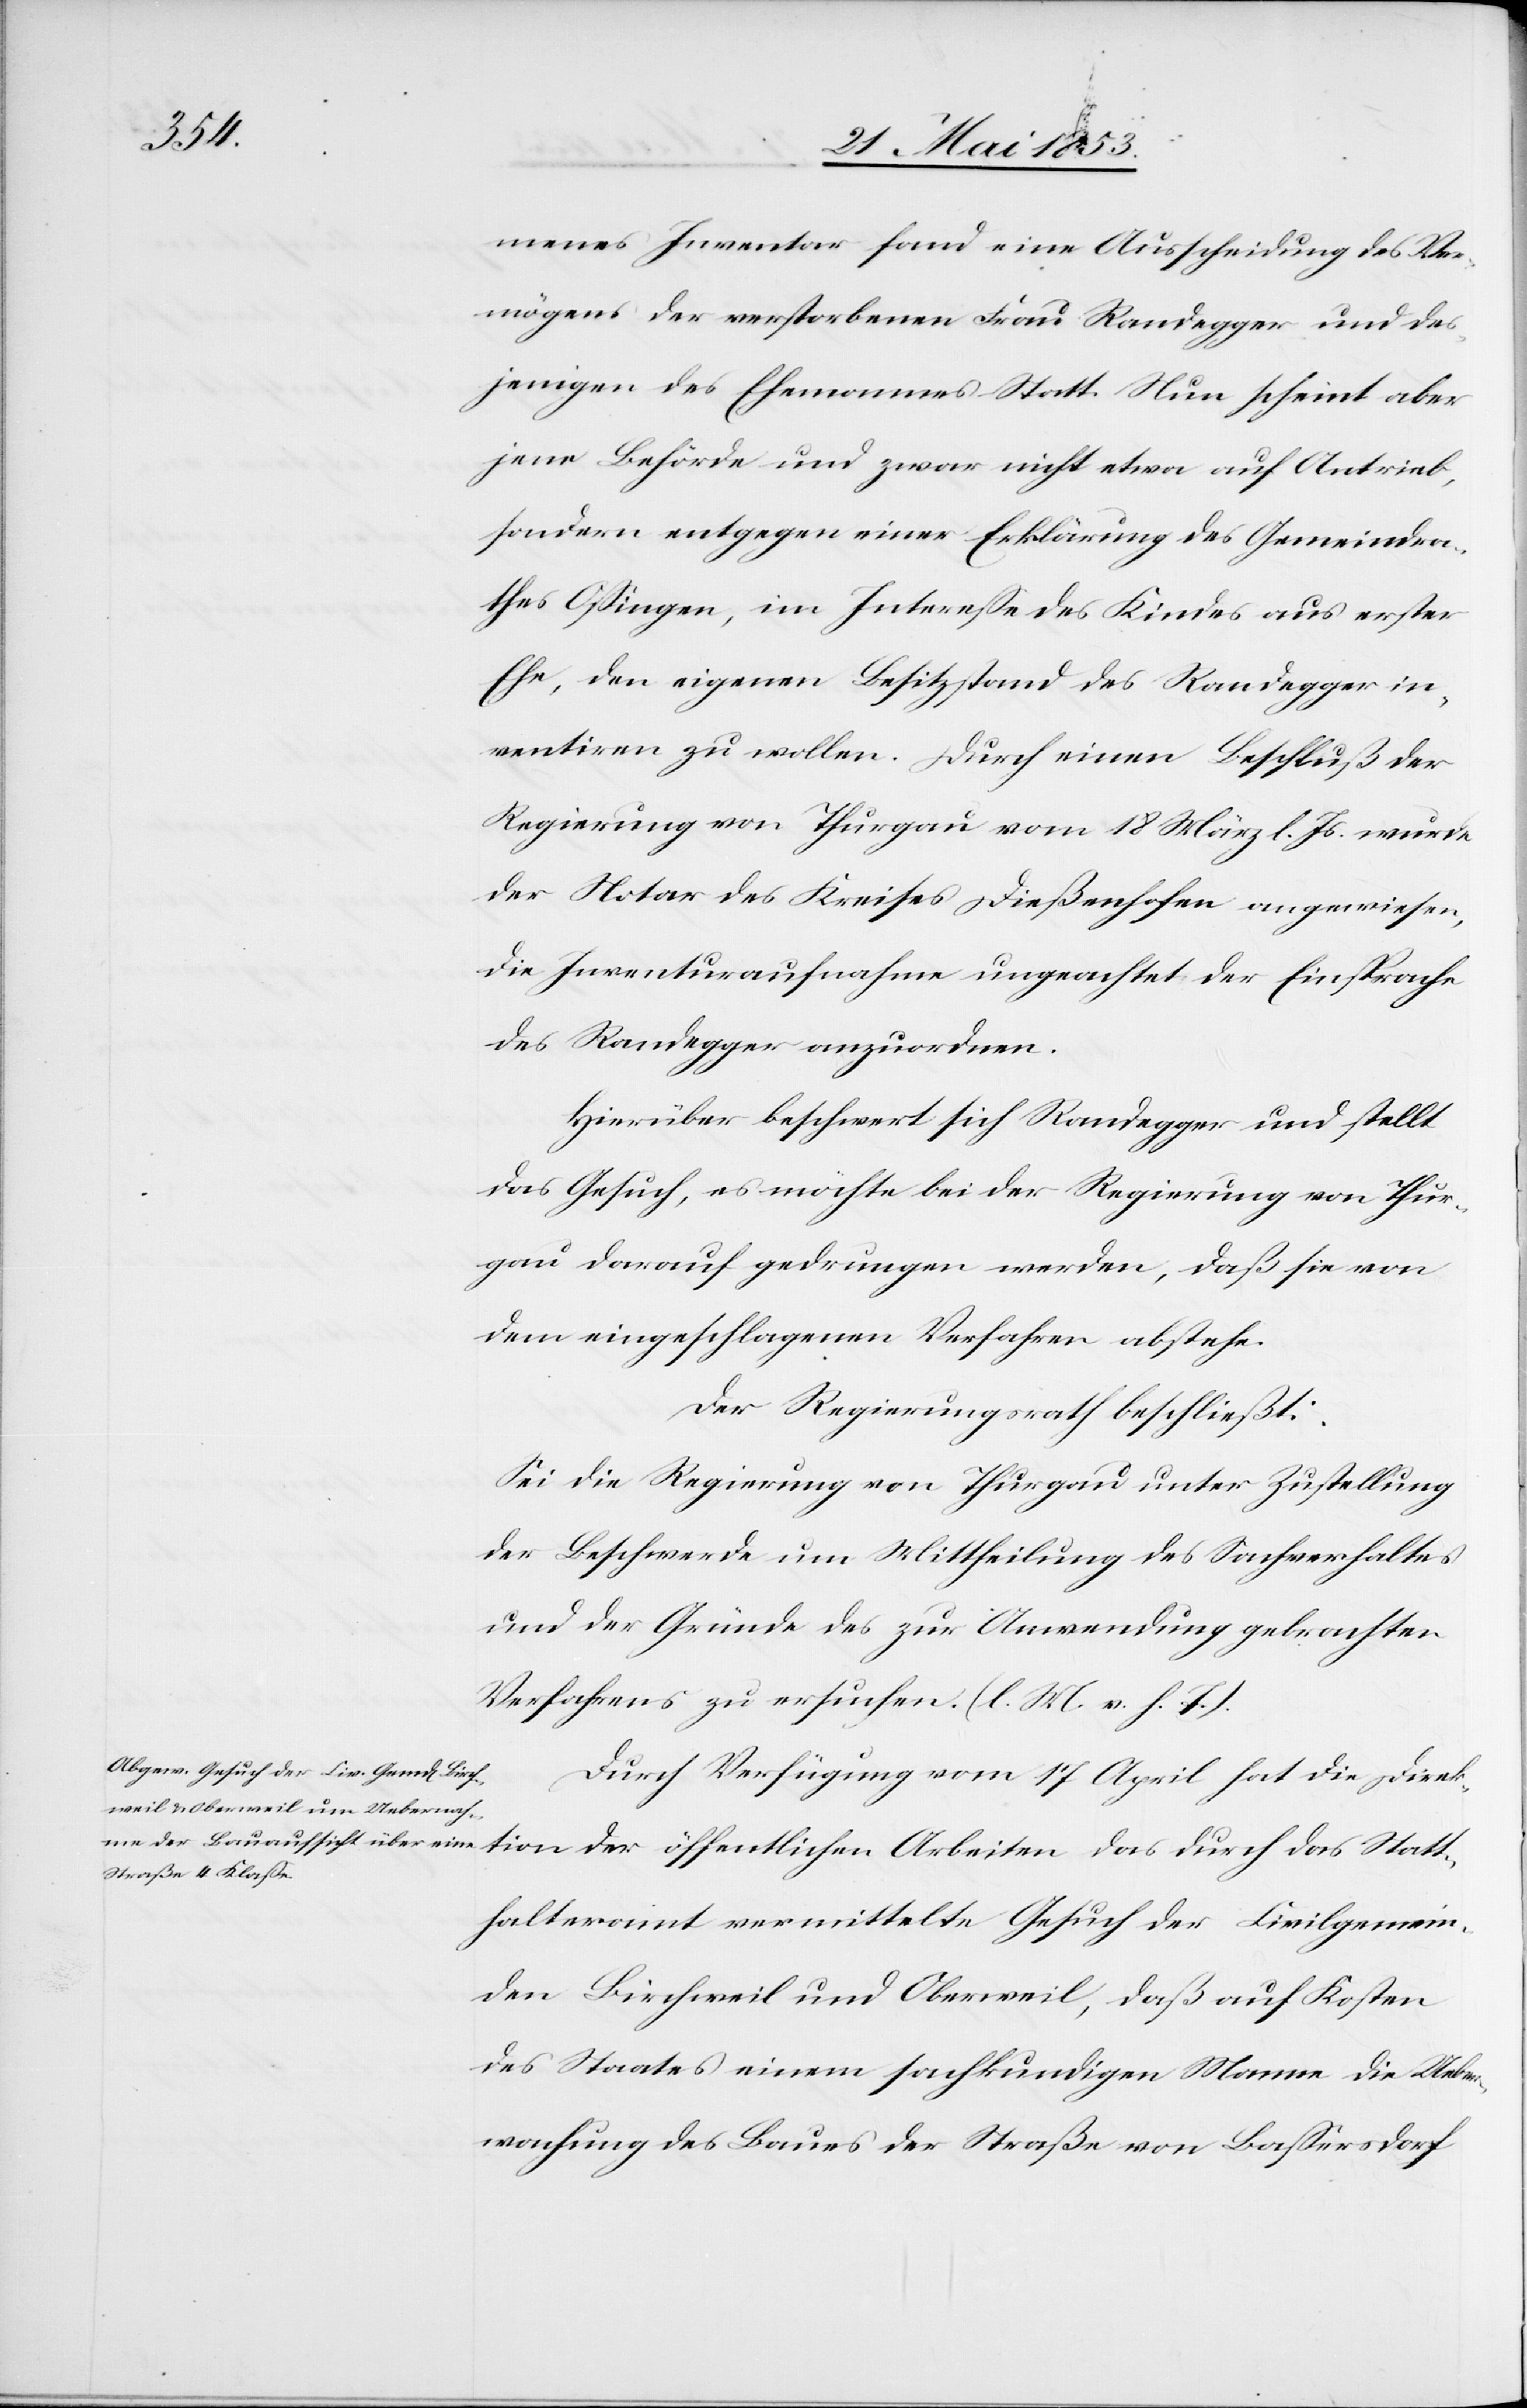
Stat¬

menes Inventar fand eine Ausscheidung des Ver¬
mögens der verstorbenen Frau Rondegger und des¬
jenigen des Ehemannes Statt. Nun scheint aber
jene Behörde und zwar nicht etwa auf Antrieb,
sondern entgegen einer Erklärung des Gemeindra¬
thes Oßingen, im Intereße des Kindes aus erster
Ehe, den eigenen Besitzstand des Rondegger in¬
ventiren zu wollen. Durch einen Beschluß der
Regierung von Thurgau vom 18 März l. Js. wurde
der Notar des Kreises Dießenhofen angewiesen,
die Inventuraufnahme ungeachtet der Einsprache
des Rondegger anzuordnen.
Hierüber beschwert sich Rondegger und stellt
das Gesuch, es möchte bei der Regierung von Thur¬
gau darauf gedrungen werden, daß sie von
dem eingeschlagenen Verfahren abstehe.
Der Regierungsrath beschließt:
Sei die Regierung von Thurgau unter Zustellung
der Beschwerde um Mittheilung des Sachverhaltes
und der Gründe des zur Anwendung gebrachten
Verfahrens zu ersuchen. [l. M. v. h. T]
Durch Verfügung vom 17 April hat die Direk¬
thalteramt vermittelte Gesuch der Civilgemein¬
de Birchweil und Oberweil, daß auf Kosten
des Staates einem sachkundigen Manne die Ueber¬
machung des Baues der Straße von Baßerstorf